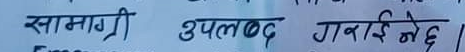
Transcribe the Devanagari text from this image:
सामग्री उपलब्ध गराई नेछ ।